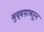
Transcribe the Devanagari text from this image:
मुद्दय़ावरून